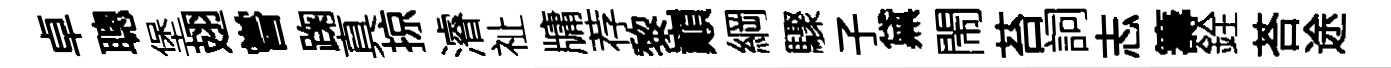
卓聰堡翅嘗踘真掠濬祉牗荐黎巔綱驟子黛閙苔詞志籌銓荅途